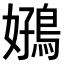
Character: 𫚻